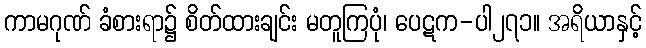
ကာမဂုဏ် ခံစားရာ၌ စိတ်ထားချင်း မတူကြပုံ၊ ပေဋက-ပါ၂၇၁။ အရိယာနှင့်